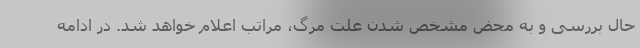
حال بررسی و به محض مشخص شدن علت مرگ، مراتب اعلام خواهد شد. در ادامه